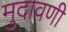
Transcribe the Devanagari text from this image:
मुदावणी